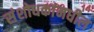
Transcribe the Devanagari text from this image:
संशोधकांमधील